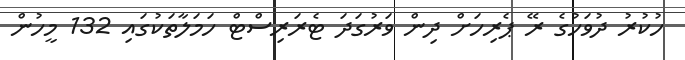
ހުކުރު ދުވަހުގެ ރޭ ޕެރިހަށް ދިން ވަރުގަދަ ޓެރަރިސްޓް ހަމަލާތަކުގައި 132 މީހުން